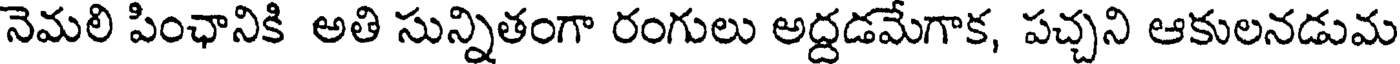
నెమలి పింఛానికి అతి సున్నితంగా రంగులు అద్దడమేగాక, పచ్చని ఆకులనడుమ